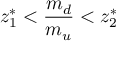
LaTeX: z _ { 1 } ^ { \ast } < { \frac { m _ { d } } { m _ { u } } } < z _ { 2 } ^ { \ast }